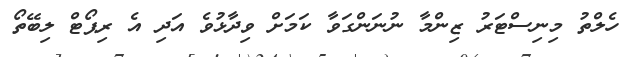
ހެލްތު މިނިސްޓަރު ޒިންމާ ނުނަންގަވާ ކަމަށް ވިދާޅުވެ އަދި އެ ރިޕޯޓް ލިބޭތޯ